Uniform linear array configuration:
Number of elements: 8
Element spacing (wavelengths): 1
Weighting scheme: cosine
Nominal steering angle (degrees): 30
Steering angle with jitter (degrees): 28.342
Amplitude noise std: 0.05
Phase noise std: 0.05

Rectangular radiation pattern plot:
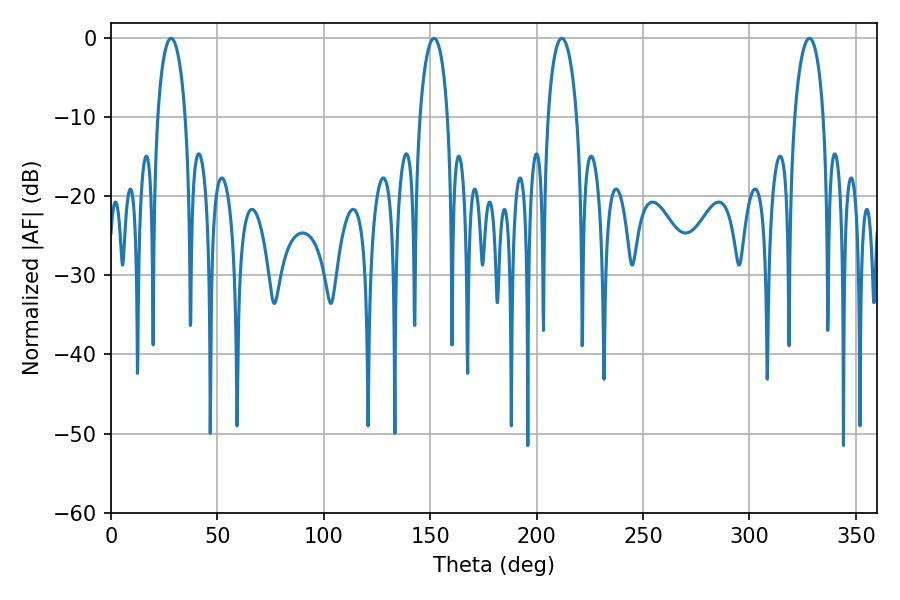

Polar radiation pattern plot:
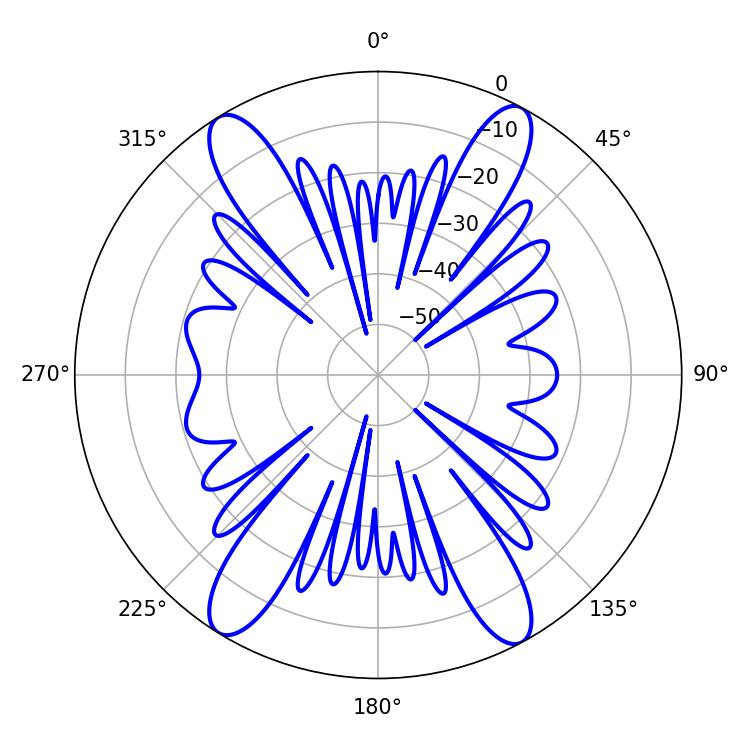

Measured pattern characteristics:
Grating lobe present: TRUE
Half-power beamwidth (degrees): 7.74
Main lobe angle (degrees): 211.86